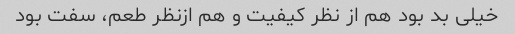
خیلی بد بود هم از نظر کیفیت و هم ازنظر طعم، سفت بود